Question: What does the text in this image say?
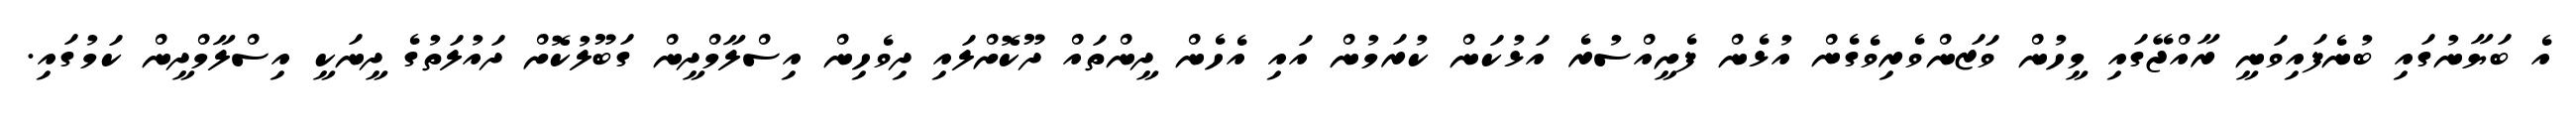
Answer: އެ ބަޔާނުގައި ބުނެފައިވަނީ ރާއްޖޭގައި މީހުން ވަޒަންވެރިވެގެން އުޅެން ފެށީއްސުރެ އަޅުކަން ކުރަމުން އައި އެހެން ދީންތައް ދޫކޮށްލައި ދިވެހިން އިސްލާމްދީން ގަބޫލުކޮށް ދައުލަތުގެ ދީނަކީ އިސްލާމްދީން ކަމުގައި.